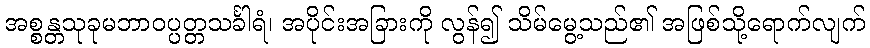
အစ္စန္တသုခုမဘာဝပ္ပတ္တသင်္ခါရံ၊ အပိုင်းအခြားကို လွန်၍ သိမ်မွေ့သည်၏ အဖြစ်သို့ရောက်လျက်